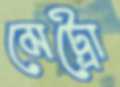
মেট্রো